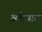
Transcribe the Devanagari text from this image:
अतिचाल